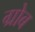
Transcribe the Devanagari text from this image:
ग्रोब